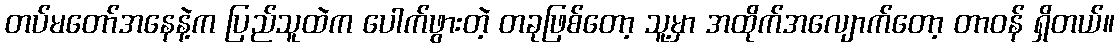
တပ်မတော်အနေနဲ့က ပြည်သူထဲက ပေါက်ဖွားတဲ့ တခုဖြစ်တော့ သူ့မှာ အထိုက်အလျောက်တော့ တာဝန် ရှိတယ်။